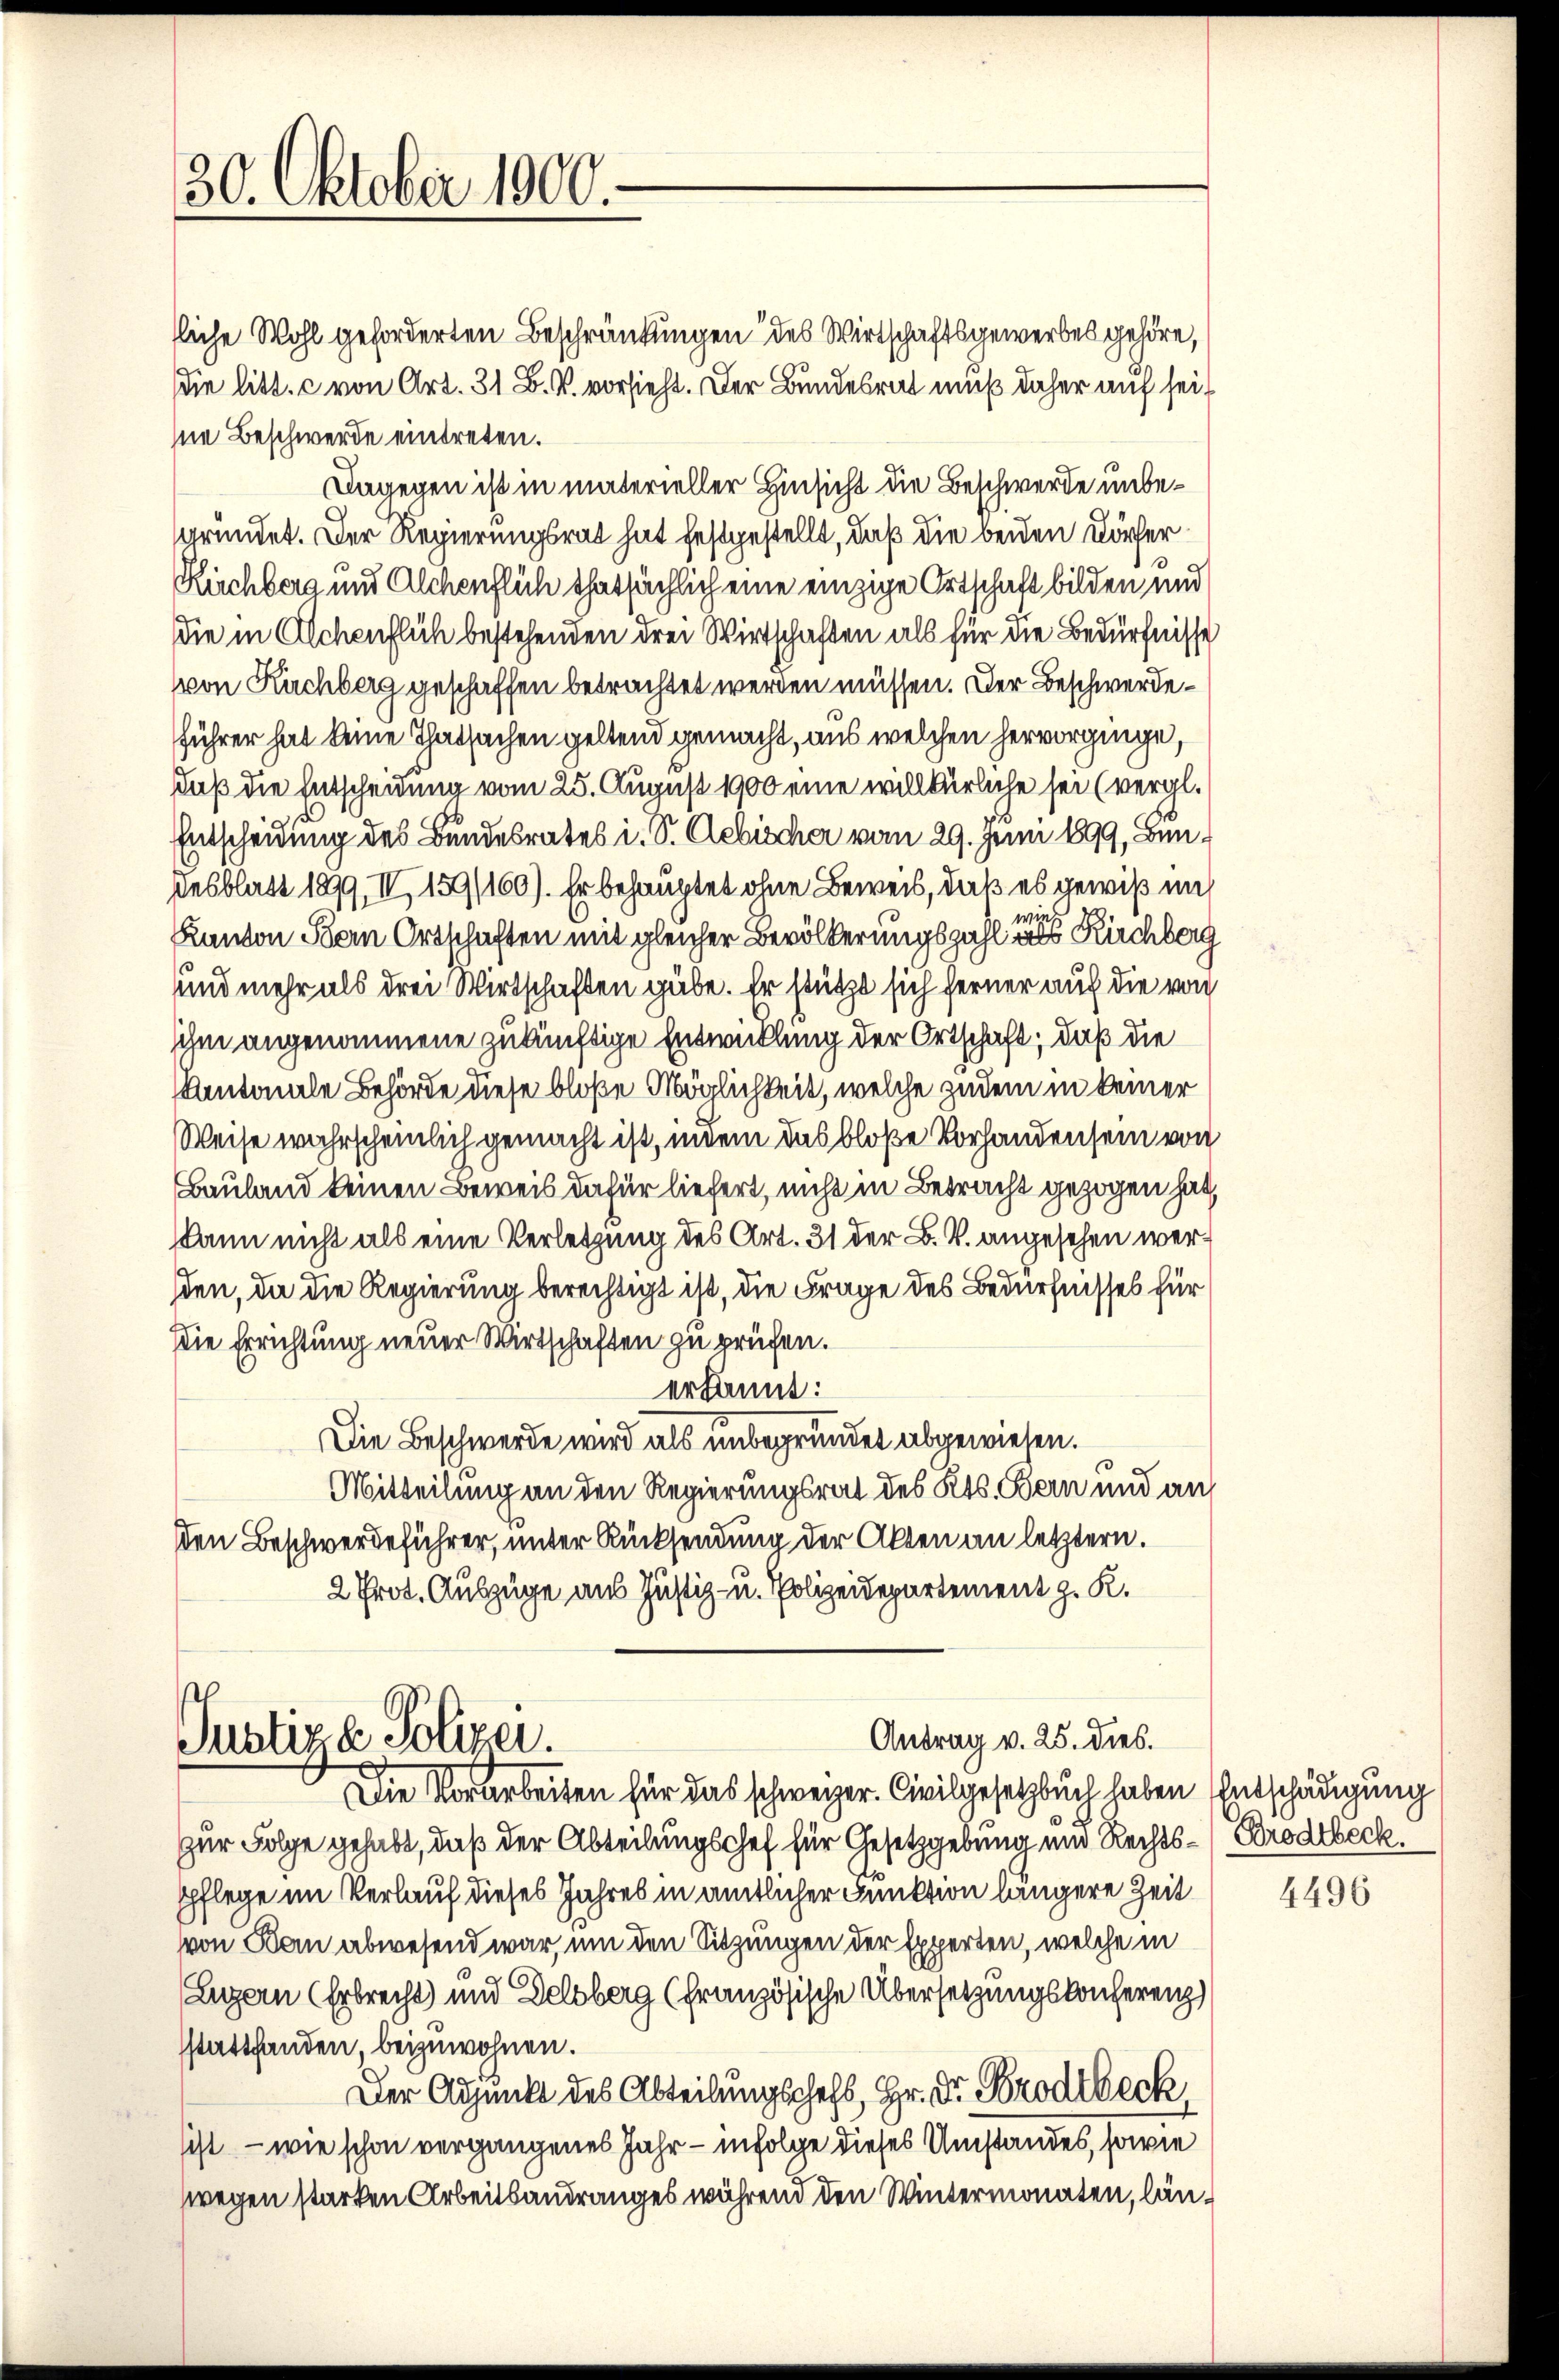
30. Oktober 1900.

tliche Wohl geforderten Beschränkungen des Wirtschaftsgewerbes gehöre,
die litt. c von Art. 31 B. V. vorsieht. Der Bundesrat muß daher auf sei
se Beschwerde eintreten.
Dagegen ist in materieller Hinsicht die Beschwerde unbegründet. Der Regierungsrat hat festgestellt, daß die beiden Dörfer¬
Rüchberg und Alchenflich thatsächlich eine einzige Ortschaft bilden und
die in Alchenflich bestehenden drei Wirtschaften als für die Bedürfnisse
von Kuchberg geschaffen betrachtet werden müssen. Der Beschwerdeführer hat keine Thatsachen geltend gemacht, aus welchen hervorginge,
daß die Entscheidung vom 25. August 1900 eine willkürliche sei (vergl.
Entscheidung des Bundesrates i. S. Gebischer vom 29. Juni 1899, Bundesblatt 1899, IV, 159/160). Er behauptet ohne Beweis, daß es gewiß im
Kanton Bern Ortschaften mit gleicher Bevölkerungszahl der Kirchberg
und mehr als drei Wirtschaften gäbe. Er stützt sich ferner auf die von
sihm angenommene zukünftige Entwicklung der Ortschaft; daß die
Antonale Behörde diese bloße Möglichkeit, welche zudem in keiner
Weise wahrscheinlich gemacht ist, indem das bloße Vorhandensein von
Bauland keinen Beweis dafür liefert, nicht in Betracht gezogen hat,
kann nicht als eine Verletzung des Art. 31 der B. V. angesehen werden, da die Regierung berechtigt ist, die Frage des Bedürfnisses für
Die Errichtung neuer Wirtschaften zu prüfen.
erkannt:
Die Beschwerde wird als unbegründet abgewiesen.
Mitteilung an den Regierungsrat des Kts. Bern und auf
den Beschwerdeführer, unter Rücksendung der Akten an letztern.
2 Prot. Auszüge aus Justiz- u. Polizeidepartement z. K.
Antrag v. 25. dies.
Justiz & Polizei.
Die Vorarbeiten für das schweizer. Civilgesetzbuch haben Entschädigung
zur Folge gehabt, daß der Abteilungschef für Gesetzgebung und Rechts- Brodtbeck
pflege im Verlauf dieses Jahres in amtlicher Funktion längere Zeit
von Kan abwesend war, um den Sitzungen der Experten, welche in
Luzern Erbrecht) und Delsberg (Französische Übersetzungskonferenz
sstattfanden, beizuwohnen.
Der Adjunkt des Abteilungschefs, Hr. Dr. Brodtbeck
sist — wie schon vergangenes Jahr - infolge dieses Umstandes, sowie
wegen starken Arbeitsandranges während den Wintermonaten, län¬

4496